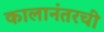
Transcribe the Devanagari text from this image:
कालानंतरची